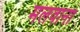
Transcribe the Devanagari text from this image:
मलवाना